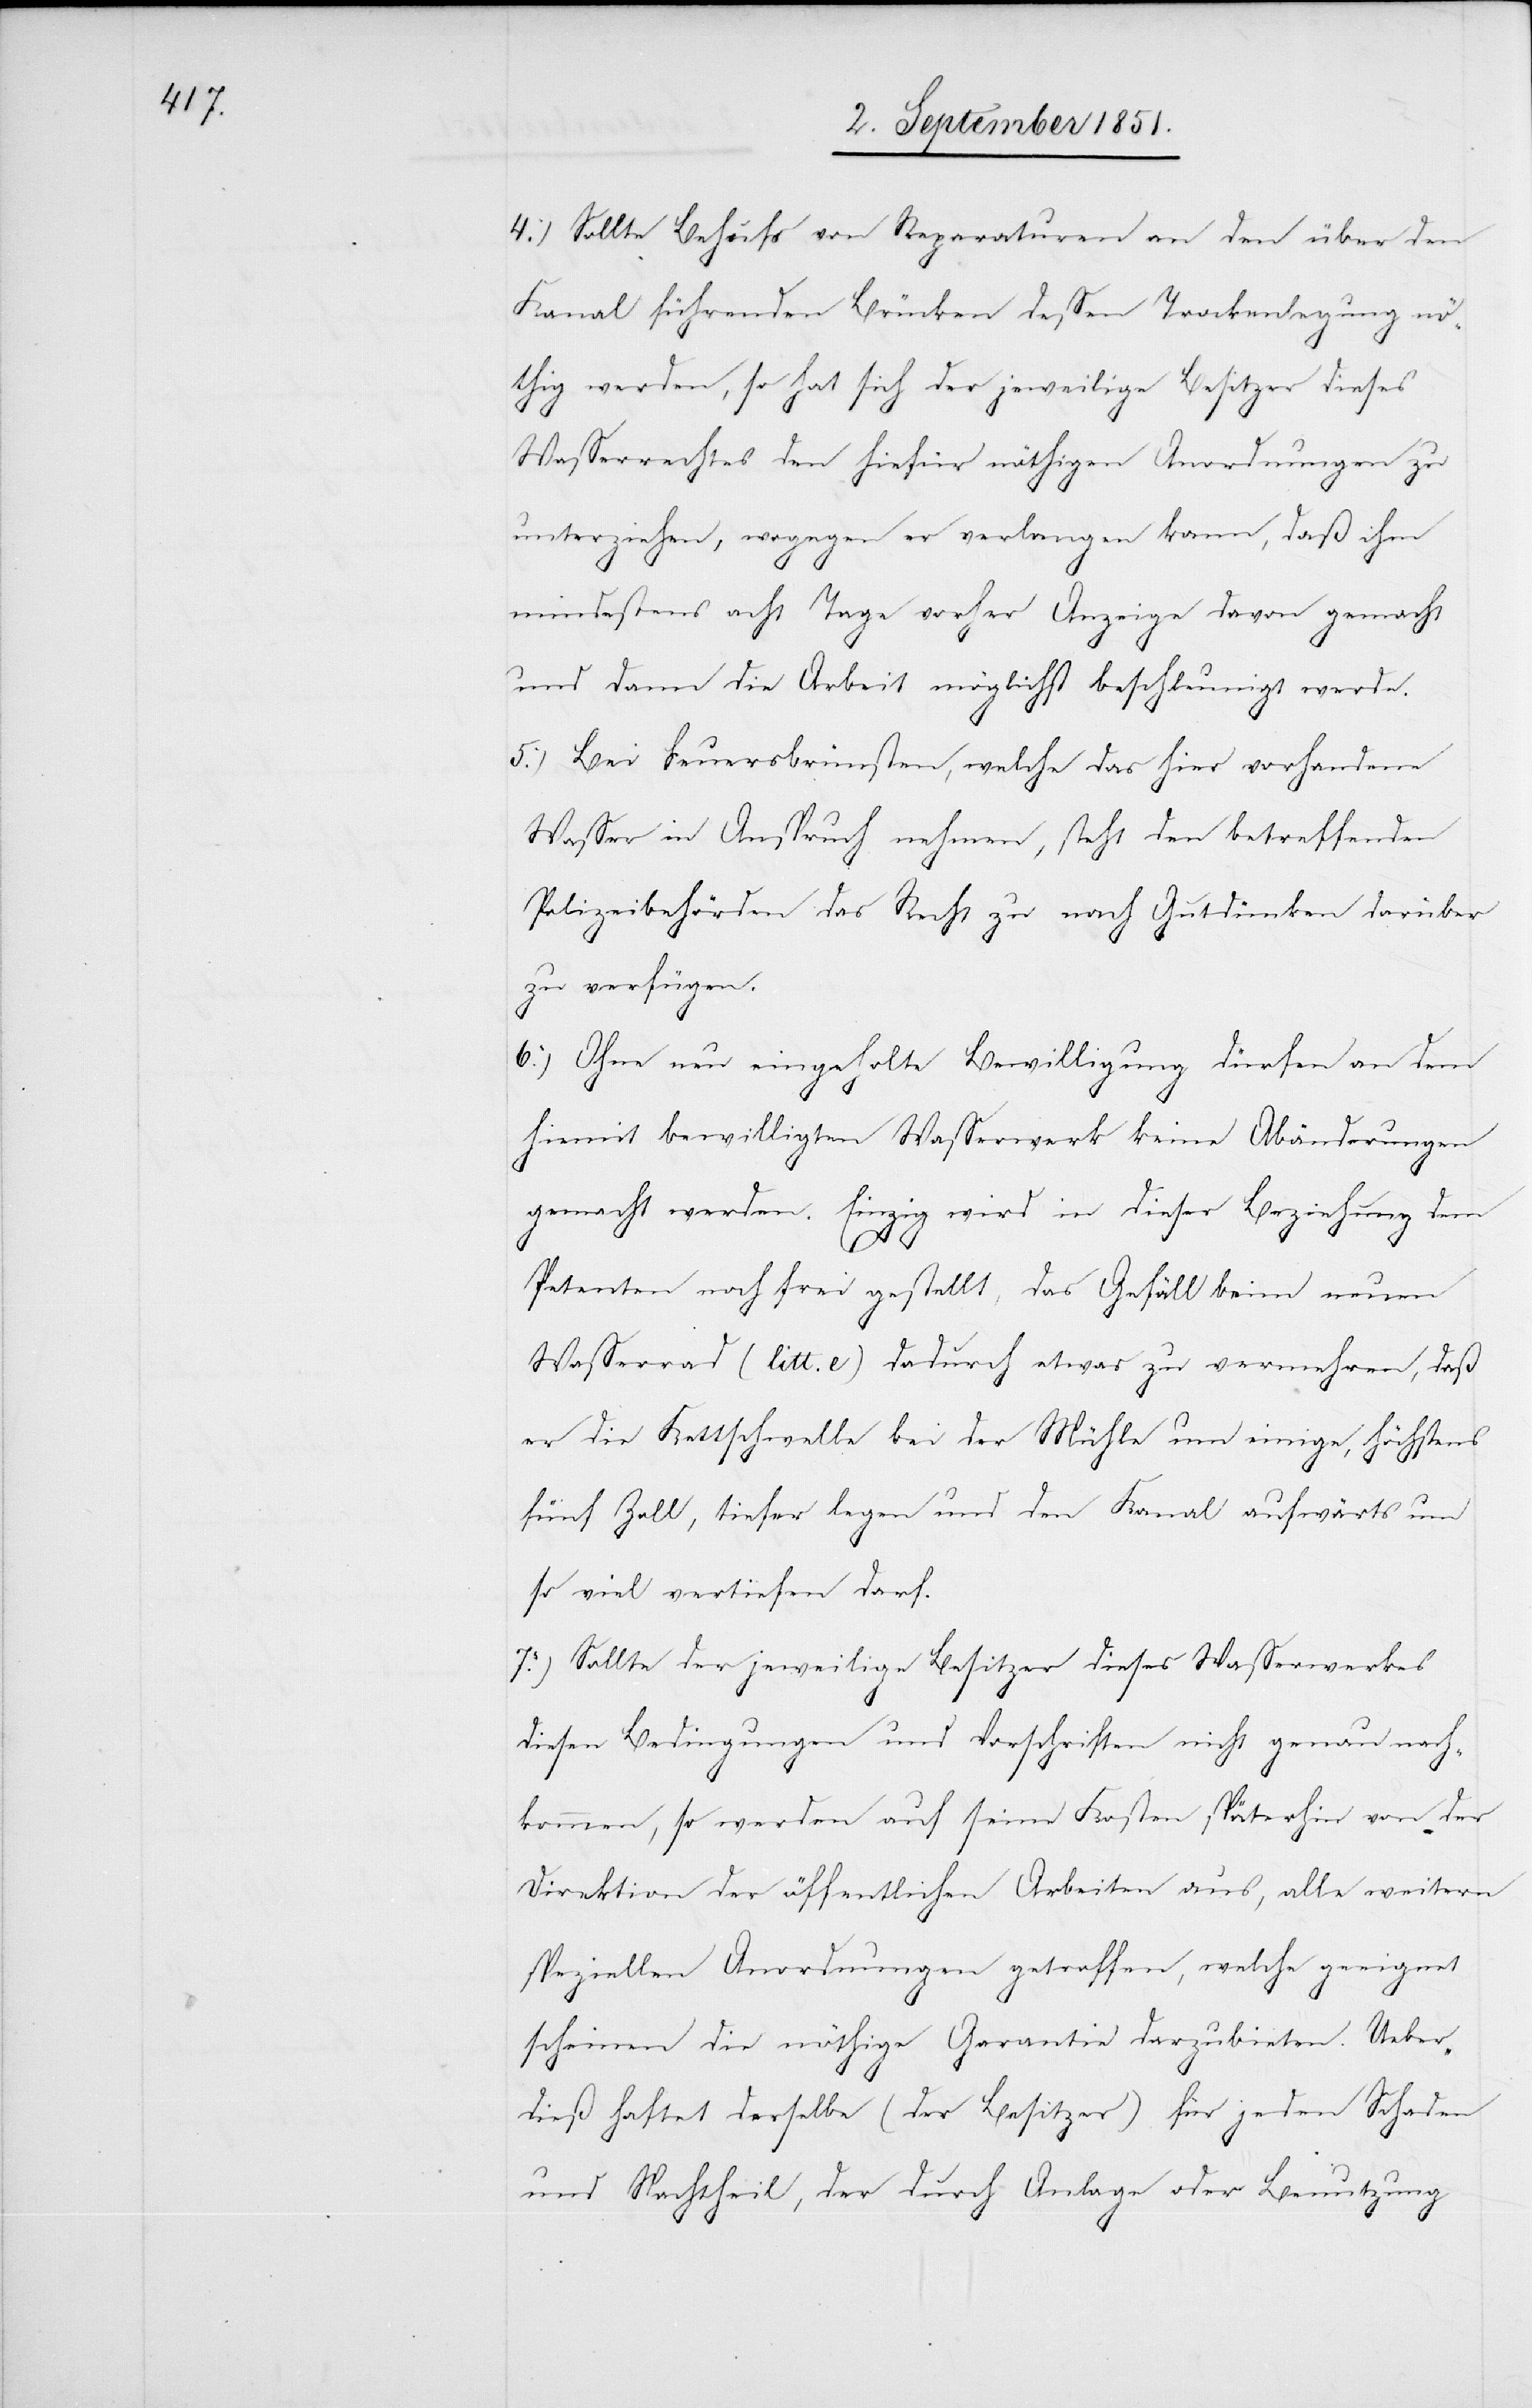
4.) Sollte Behufs von Reparaturen an den über den
Kanal führenden Brücken dessen Trockenlegung nö¬
thig werden, so hat sich der jeweilige Besitzer dieses
Wasserrechtes den hiefür nöthigen Anordnungen zu
unterziehen, wogegen er verlangen kann, daß ihm
mindestens acht Tage vorher Anzeige davon gemacht
und dann die Arbeit möglichst beschleunigt werde.
5.) Bei Feuersbrünsten, welche das hier vorhandene
Wasser in Anspruch nehmen, steht den betreffenden
Polizeibehörden das Recht zu nach Gutdünken darüber
zu verfügen.
6.) Ohne neu eingeholte Bewilligung dürfen an dem
hiemit bewilligten Wasserwerk keine Abänderungen
gemacht werden. Einzig wird in dieser Beziehung dem
Petenten noch frei gestellt, das Gefäll beim neuen
Wasserrad (litt. e) dadurch etwas zu vermehren, daß
er die Kettschwelle bei der Mühle um einige, höchstens
fünf Zoll, tiefer legen und den Kanal aufwärts um
so viel vertiefen darf.
7.) Sollte der jeweilige Besitzer dieses Wasserwerkes
diesen Bedingungen und Vorschriften nicht genau nach¬
kommen, so werden auf seine Kosten späterhin von der
Direktion der öffentlichen Arbeiten aus, alle weitern
speziellen Anordnungen getroffen, welche geeignet
scheinen die nöthige Garantie darzubieten. Ueber¬
dieß haftet derselbe (der Besitzer) für jeden Schaden
und Nachtheil, der durch Anlage oder Benutzung